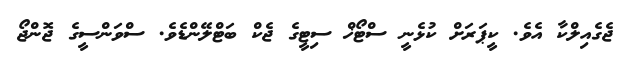
ޖެގެއިލްކާ އެވެ. ކީޕަރަށް ކުޅެނީ ސްޓޯޚް ސިޓީގެ ޖެކް ބަޓްލޭންޑެވެ. ސްވަންސީގެ ޖޮންޖޯ